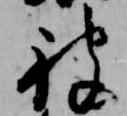
被